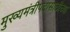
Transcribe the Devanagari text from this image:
मुख्यमंत्रीपदासाठीच्या